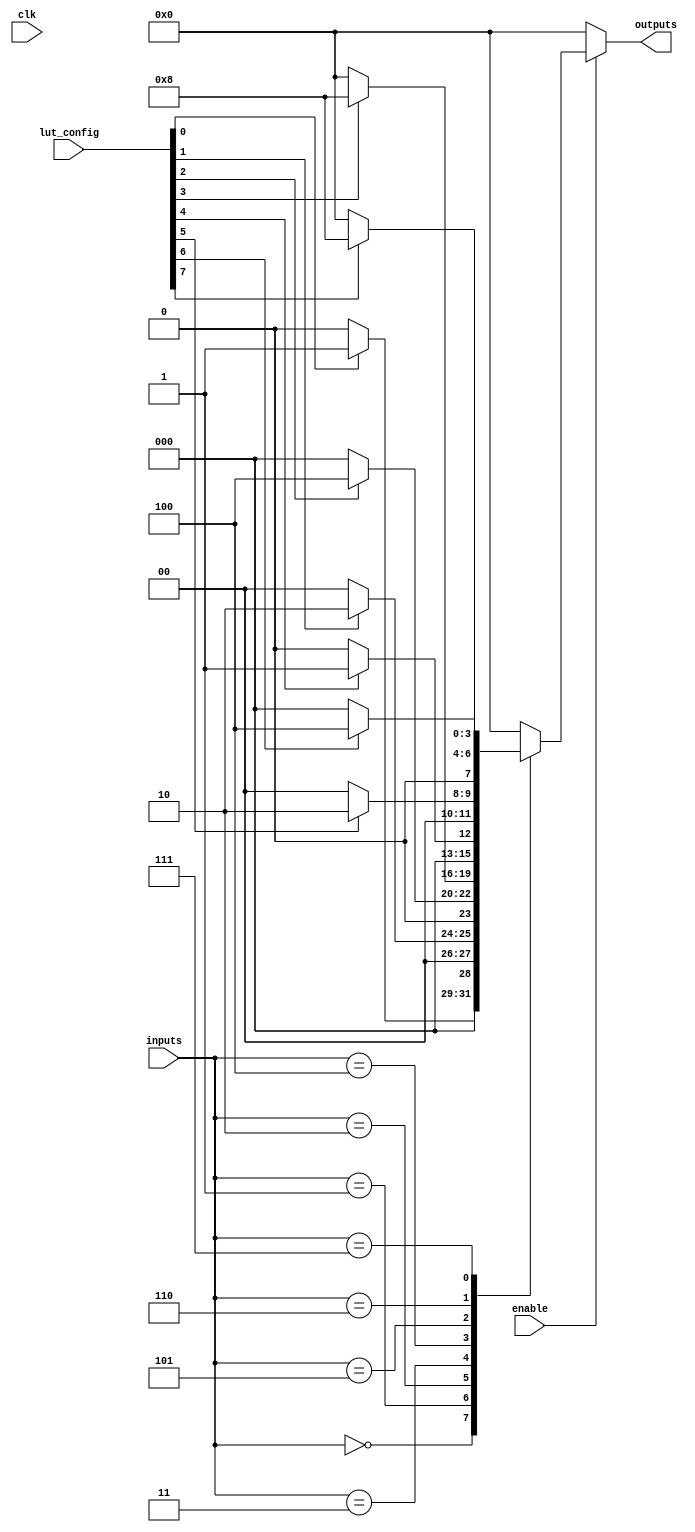
module CLB (
    input wire [3:0] inputs,        // 4-bit input for the CLB
    input wire [7:0] lut_config,    // 8-bit configuration for the LUT
    input wire enable,               // Enable signal
    output wire [3:0] outputs,       // 4-bit output from the CLB
    input wire clk                   // Clock for synchronous operations
);

// Internal signal for LUT output
reg [3:0] lut_out;

// LUT implementation using the configuration
always @(*) begin
    if (enable) begin
        case (inputs)
            4'b0000: lut_out = lut_config[0] ? 4'b0001 : 4'b0000;
            4'b0001: lut_out = lut_config[1] ? 4'b0010 : 4'b0000;
            4'b0010: lut_out = lut_config[2] ? 4'b0100 : 4'b0000;
            4'b0011: lut_out = lut_config[3] ? 4'b1000 : 4'b0000;
            4'b0100: lut_out = lut_config[4] ? 4'b0001 : 4'b0000;
            4'b0101: lut_out = lut_config[5] ? 4'b0010 : 4'b0000;
            4'b0110: lut_out = lut_config[6] ? 4'b0100 : 4'b0000;
            4'b0111: lut_out = lut_config[7] ? 4'b1000 : 4'b0000;
            default: lut_out = 4'b0000;
        endcase
    end else begin
        lut_out = 4'b0000; // If not enabled, output is zero
    end
end

// Output generation
assign outputs = lut_out;

endmodule